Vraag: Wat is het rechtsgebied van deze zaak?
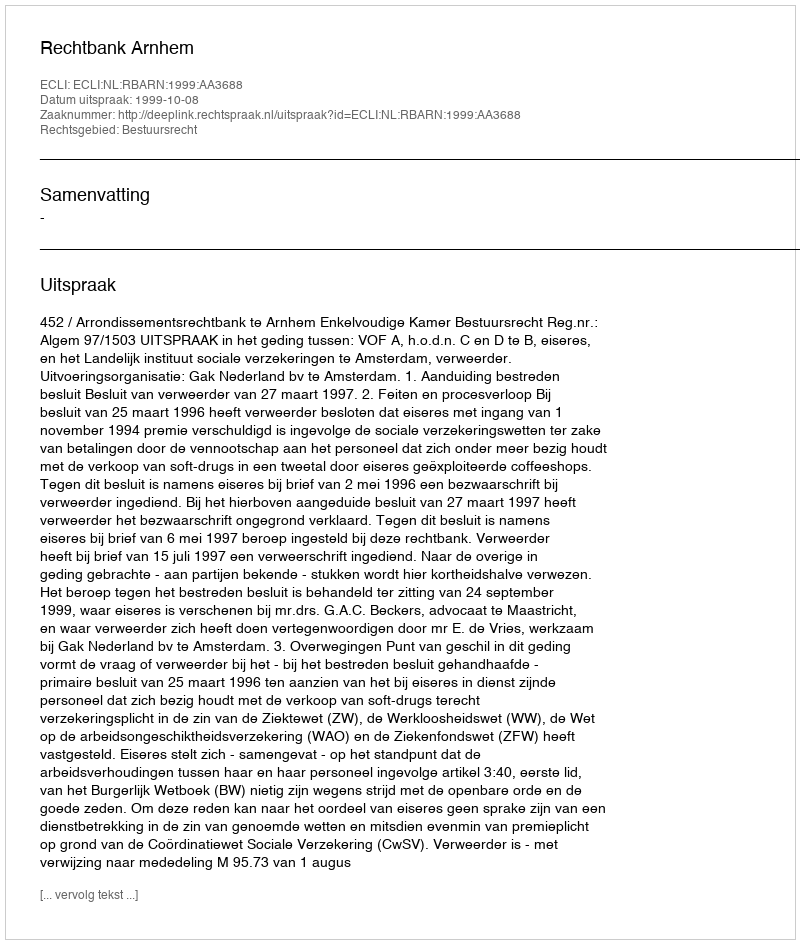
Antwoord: Bestuursrecht